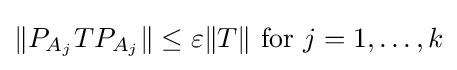
\|P_{A_{j}}TP_{A_{j}}\|\leq \varepsilon \|T\|{\text{ for }}j=1,\ldots ,k